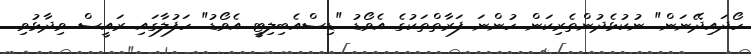
ހޯދައިދޭނަން" ނުކުޅެދުންތެރިކަން ހުންނަ ފަރާތްތަކުގެ އެވޯޑު "ޑިސްއެބިލިޓީ އެވޯޑު" ހަފުލާގައި ރައީސް ވިދާޅުވި